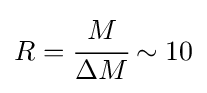
R={\cfrac {M}{\Delta M}}\sim 10